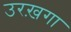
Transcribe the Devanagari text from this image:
उरख़गा